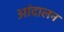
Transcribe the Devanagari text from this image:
आंदालन